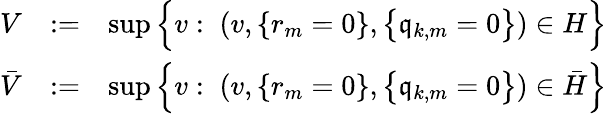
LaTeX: \begin{array}{rlr}{V}&{:=}&{\operatorname*{sup}\Big\{ v:\; (v,\{ r_{m}=0\} ,\big\{ \mathfrak{q}_{k,m}=0\big\} )\in H\Big\} }\\ {\bar{V}}&{:=}&{\operatorname*{sup}\Big\{ v:\; (v,\{ r_{m}=0\} ,\big\{ \mathfrak{q}_{k,m}=0\big\} )\in\bar{H}\Big\} }\end{array}